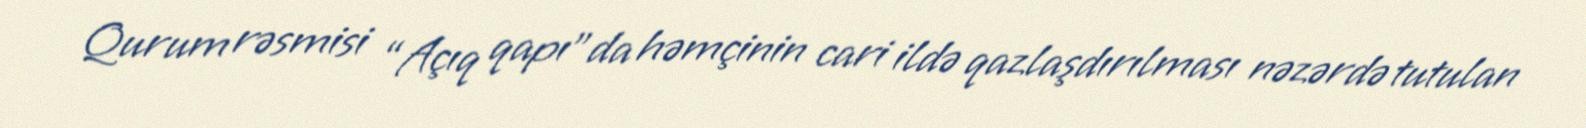
Qurum rəsmisi “Açıq qapı”da həmçinin cari ildə qazlaşdırılması nəzərdə tutulan